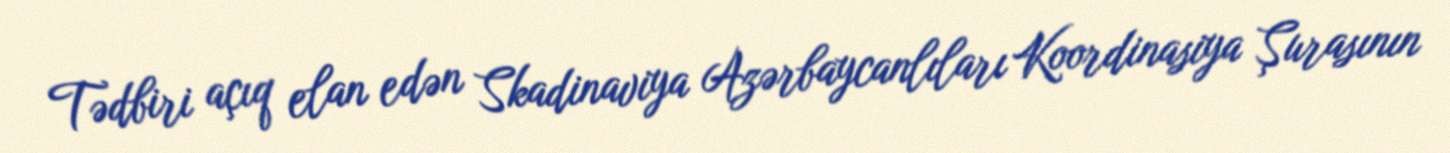
Tədbiri açıq elan edən Skadinaviya Azərbaycanlıları Koordinasiya Şurasının